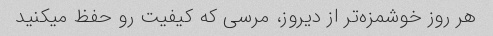
هر روز خوشمزه‌تر از دیروز، مرسی که کیفیت رو حفظ میکنید